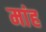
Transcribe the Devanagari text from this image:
मांह